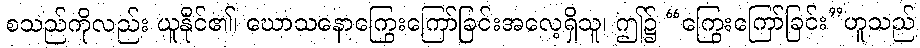
စသည်ကိုလည်း ယူနိုင်၏၊ ဃောသနောကြွေးကြော်ခြင်းအလေ့ရှိသူ၊ ဤ၌ “ကြွေးကြော်ခြင်း”ဟူသည်